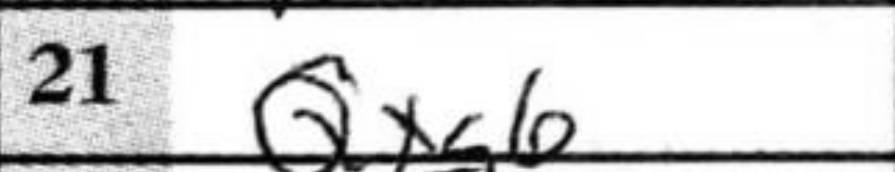
Transcription: Qxg6